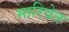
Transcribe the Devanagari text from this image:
मारिवेत